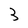
Character: 3